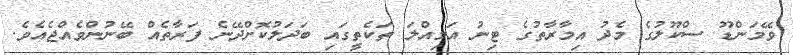
ވޭމަންޑޫ ސްކޫލުގެ މެދު އިމާރާތުގެ ޓިނު އަމިއްލަ ތަކެތީގައި ބަދަލުކޮށްދޭނެ ފަރާތެއް ބޭނުންވެއްޖެއެވެ.